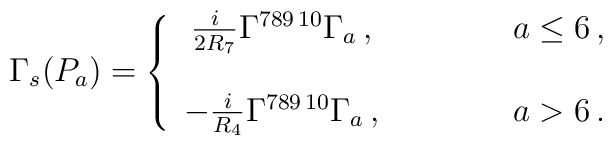
\Gamma_{s}(P_{a}) =\left\{  \begin{array}{ccc}\frac{i}{2R_{7}}\Gamma^{789\, 10}\Gamma_{a}\, ,& \hspace{1cm} & a\leq 6\, ,\\& & \\-\frac{i}{R_{4}}\Gamma^{789\, 10}\Gamma_{a}\, ,& \hspace{1cm} & a> 6\, .\\  \end{array}\right.